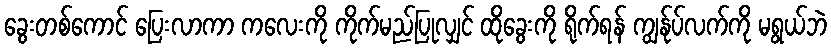
ခွေးတစ်ကောင် ပြေးလာကာ ကလေးကို ကိုက်မည်ပြုလျှင် ထိုခွေးကို ရိုက်ရန် ကျွန်ုပ်လက်ကို မရွယ်ဘဲ